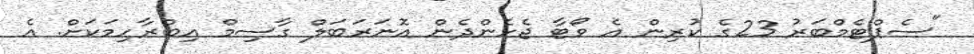
"ސެޕްޓެމްބަރު 23ގެ ކުރިން އެ ވޯޓާ ޖެހެންދެން އޮނަރަބަލް ގާސިމް އިބްރާހިމަކަށް. އެ